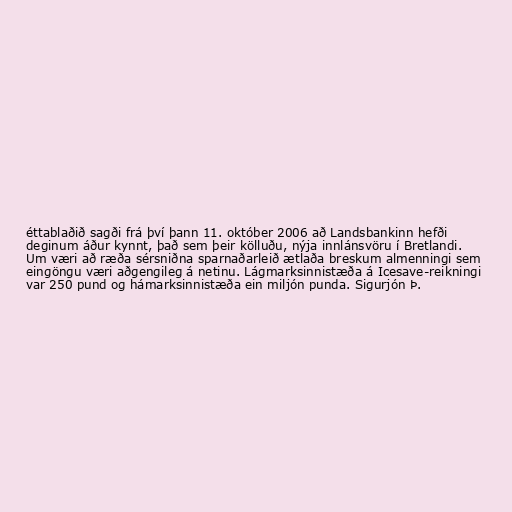
éttablaðið sagði frá því þann 11. október 2006 að Landsbankinn hefði
deginum áður kynnt, það sem þeir kölluðu, nýja innlánsvöru í Bretlandi.
Um væri að ræða sérsniðna sparnaðarleið ætlaða breskum almenningi sem
eingöngu væri aðgengileg á netinu. Lágmarksinnistæða á Icesave-reikningi
var 250 pund og hámarksinnistæða ein miljón punda. Sigurjón Þ.